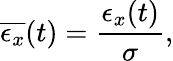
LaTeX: \overline{{\epsilon_{x}}}(t)=\frac{\epsilon_{x}(t)}{\sigma},